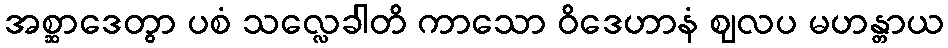
အစ္ဆာဒေတွာ ပစံ သလ္လေခါတိ ကာသော ဝိဒေဟာနံ ဈလပ မဟန္တာယ